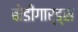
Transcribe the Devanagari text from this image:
बोडीगार्ड्स